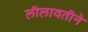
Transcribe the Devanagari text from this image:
लीलावतीने